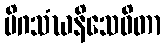
မိဂသံဃနိသေဝိတာ